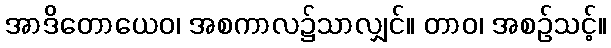
အာဒိတောယေဝ၊ အစကာလ၌သာလျှင်။ တာဝ၊ အစဉ်သင့်။